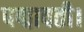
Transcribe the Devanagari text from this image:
पद्मावती।